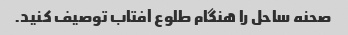
صحنه ساحل را هنگام طلوع آفتاب توصیف کنید.